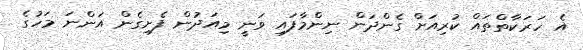
އެ ހަރަކާތްތައް ކުރިއަށް ގެންދަން ނިންމާފައި ވަނީ މިއަދުން ފެށިގެން އަންނަ މަހުގެ